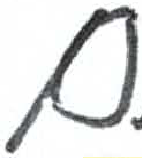
אות: ם